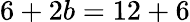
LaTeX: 6+2b=12+6